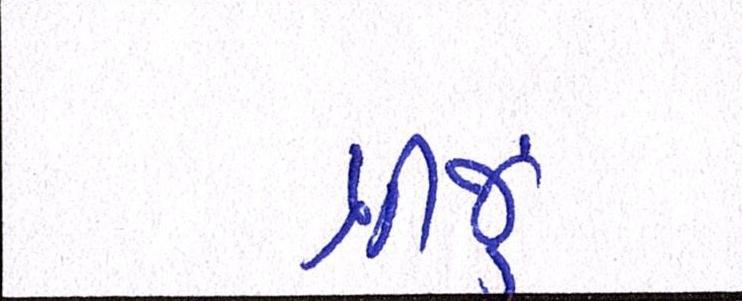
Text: ત્રીજું